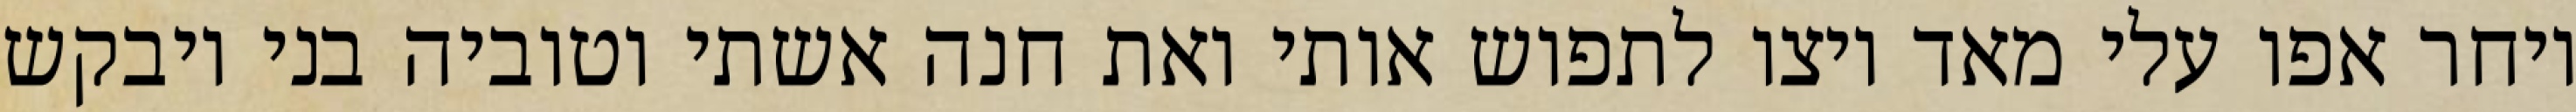
ויחר אפו עלי מאד ויצו לתפוש אותי ואת חנה אשתי וטוביה בני ויבקש